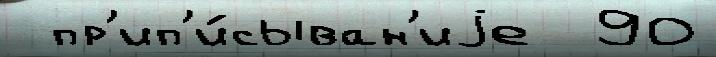
 пр'ип'и́сыван'иjе  90